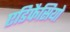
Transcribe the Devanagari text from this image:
एडिफैसियो